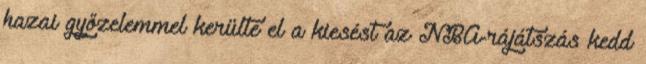
hazai győzelemmel kerülte el a kiesést az NBA-rájátszás kedd